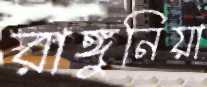
রাঙ্গুনিয়া